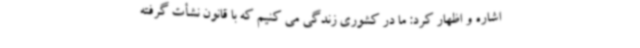
اشاره و اظهار کرد: ما در کشوری زندگی می کنیم که با قانون نشأت گرفته